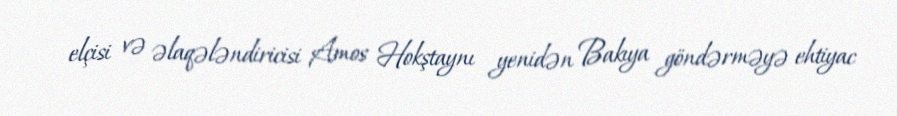
elçisi və əlaqələndiricisi Amos Hokştaynı yenidən Bakıya göndərməyə ehtiyac